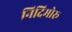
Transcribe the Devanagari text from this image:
निदिमोरू